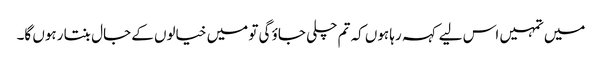
میں تمہیں اس لیے کہہ رہا ہوں کہ تم چلی جاؤ گی تو میں خیالوں کے جال بنتا رہوں گا۔